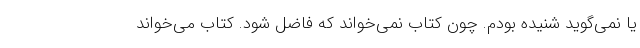
یا نمی‌گوید شنیده بودم. چون کتاب نمی‌خواند که فاضل شود. کتاب می‌خواند